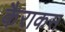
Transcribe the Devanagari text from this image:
कैराकस